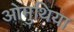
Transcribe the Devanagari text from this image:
ओमुथिया